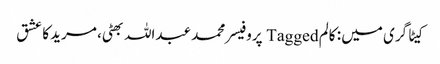
کیٹاگری میں : کالم Tagged پروفیسر محمد عبداللہ بھٹی، مرید کا عشق